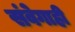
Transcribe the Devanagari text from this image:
संवेगाही